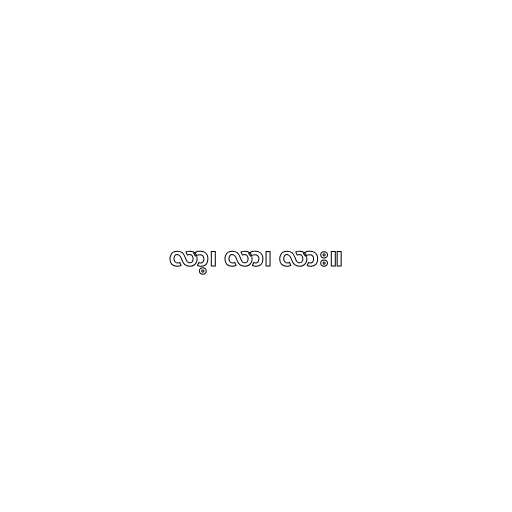
လာ့၊ လာ၊ လား။